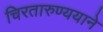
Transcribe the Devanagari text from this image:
चिरतारुण्ययाने